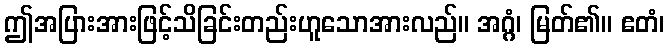
ဤအပြားအားဖြင့်သိခြင်းတည်းဟူသောအားလည်။ အဂ္ဂံ၊ မြတ်၏။ ဧတံ၊